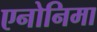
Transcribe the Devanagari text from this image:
एनोनिमा